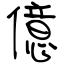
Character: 億